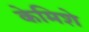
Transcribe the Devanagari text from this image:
केमिशे